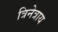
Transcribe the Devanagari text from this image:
त्रिनेत्राय